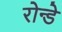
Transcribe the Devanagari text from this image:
रोन्डे